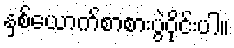
နှစ်ယောက်စာစားပွဲဝိုင်းပါ။